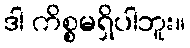
ဒါ ကိစ္စမရှိပါဘူး။